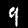
Label: 9